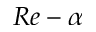
R e - \alpha